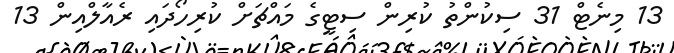
13 މިނެޓް 31 ސިކުންތު ކުރިން ސިޓީގެ މައްޗަށް ކުރިހޯދައި ރެއާލްއިން 13